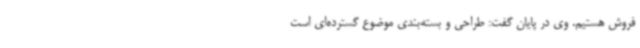
فروش هستیم. وی در پایان گفت: طراحی و بسته‌بندی موضوع گسترده‌ای است